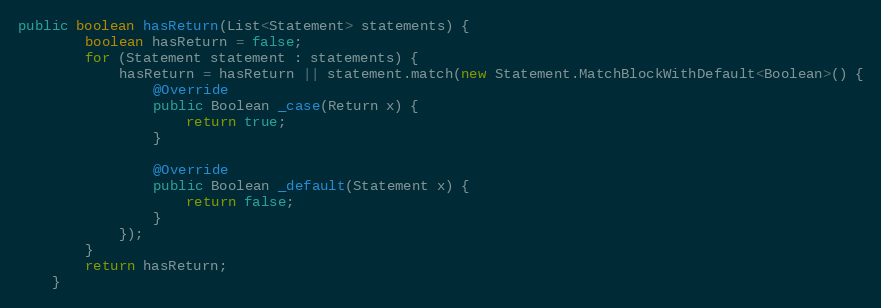
Language: Java
public boolean hasReturn(List<Statement> statements) {
        boolean hasReturn = false;
        for (Statement statement : statements) {
            hasReturn = hasReturn || statement.match(new Statement.MatchBlockWithDefault<Boolean>() {
                @Override
                public Boolean _case(Return x) {
                    return true;
                }

                @Override
                public Boolean _default(Statement x) {
                    return false;
                }
            });
        }
        return hasReturn;
    }